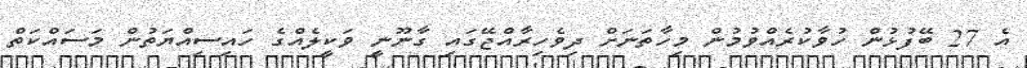
އެ 27 ބޭފުޅުން ހުވާކުރެއްވުމުން މިހާތަނަށް ދިވެހިރާއްޖޭގައި ގާނޫނީ ވަކީލެއްގެ ހައިސިއްޔަތުން މަސައްކަތް